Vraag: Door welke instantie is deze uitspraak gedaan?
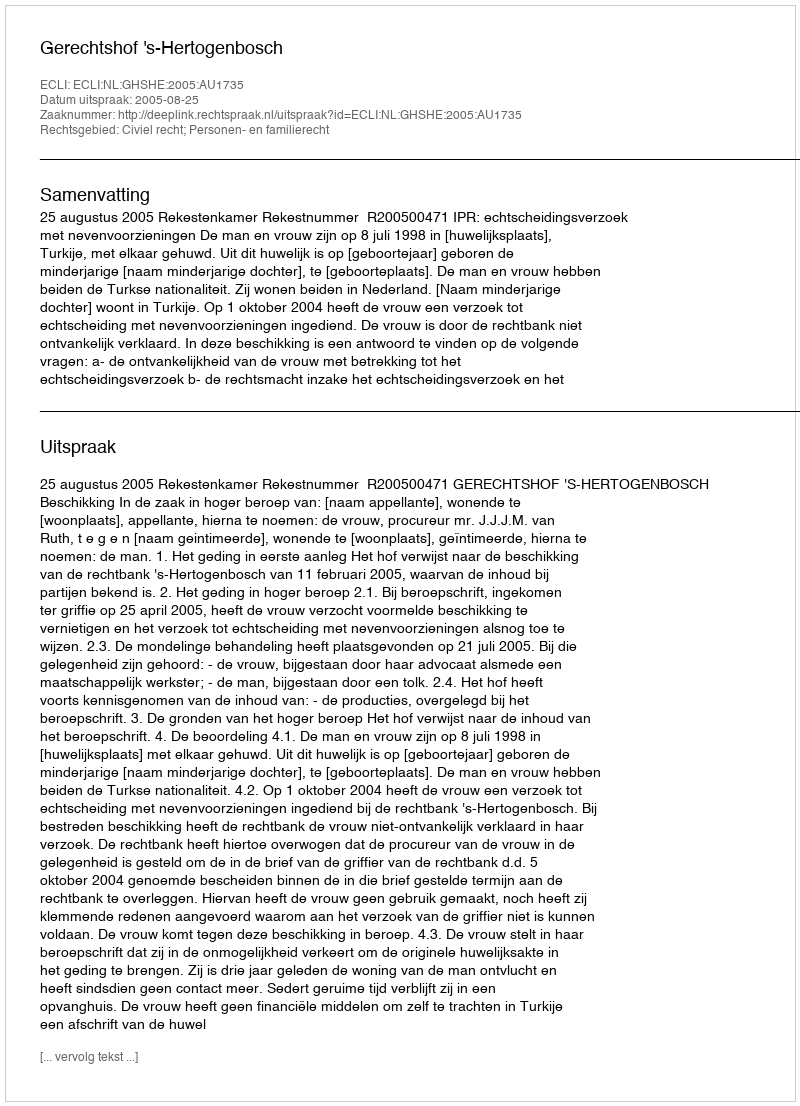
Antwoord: Gerechtshof 's-Hertogenbosch